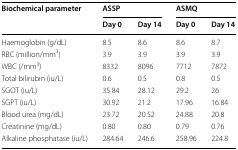
| <ROWSPAN=2> Biochemical parameter | <COLSPAN=2> ASSP | <COLSPAN=2> ASMQ |
 | Day 0 | Day 14 | Day 0 | Day 14 |
 | --- | --- | --- | --- | --- |
 | Haemoglobin (g/dL) | 8.5 | 8.6 | 8.6 | 8.7 |
 | RBC (million/mm3) | 3.9 | 3.9 | 3.9 | 3.9 |
 | WBC (/mm3) | 8332 | 8096 | 7712 | 7872 |
 | Total bilirubin (iu/L) | 0.6 | 0.5 | 0.8 | 0.5 |
 | SGOT (iu/L) | 35.84 | 28.12 | 29.2 | 26 |
 | SGPT (iu/L) | 30.92 | 21.2 | 17.96 | 16.84 |
 | Blood urea (mg/dL) | 23.72 | 20.52 | 24.88 | 20.8 |
 | Creatinine (mg/dL) | 0.80 | 0.80 | 0.79 | 0.76 |
 | Alkaline phosphatase (iu/L) | 284.64 | 246.6 | 258.96 | 224.8 |